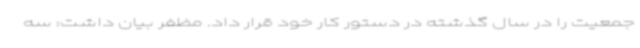
جمعیت را در سال گذشته در دستور کار خود قرار داد. مظفر بیان داشت: سه